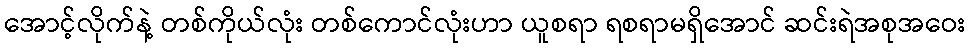
အောင့်လိုက်နဲ့ တစ်ကိုယ်လုံး တစ်ကောင်လုံးဟာ ယူစရာ ရစရာမရှိအောင် ဆင်းရဲအစုအဝေး